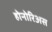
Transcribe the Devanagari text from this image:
होनोरिअस